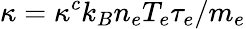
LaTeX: \kappa=\kappa^{c}k_{B}n_{e}T_{e}\tau_{e}/m_{e}